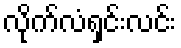
လိုက်လံရှင်းလင်း